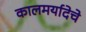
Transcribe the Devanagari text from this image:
कालमर्यादेचे